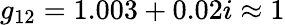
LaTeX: g_{12}=1.003+0.02i\approx 1